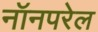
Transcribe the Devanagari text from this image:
नॉनपरेल